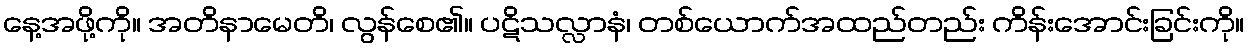
နေ့အဖို့ကို။ အတိနာမေတိ၊ လွန်စေ၏။ ပဋိသလ္လာနံ၊ တစ်ယောက်အထည်တည်း ကိန်းအောင်းခြင်းကို။